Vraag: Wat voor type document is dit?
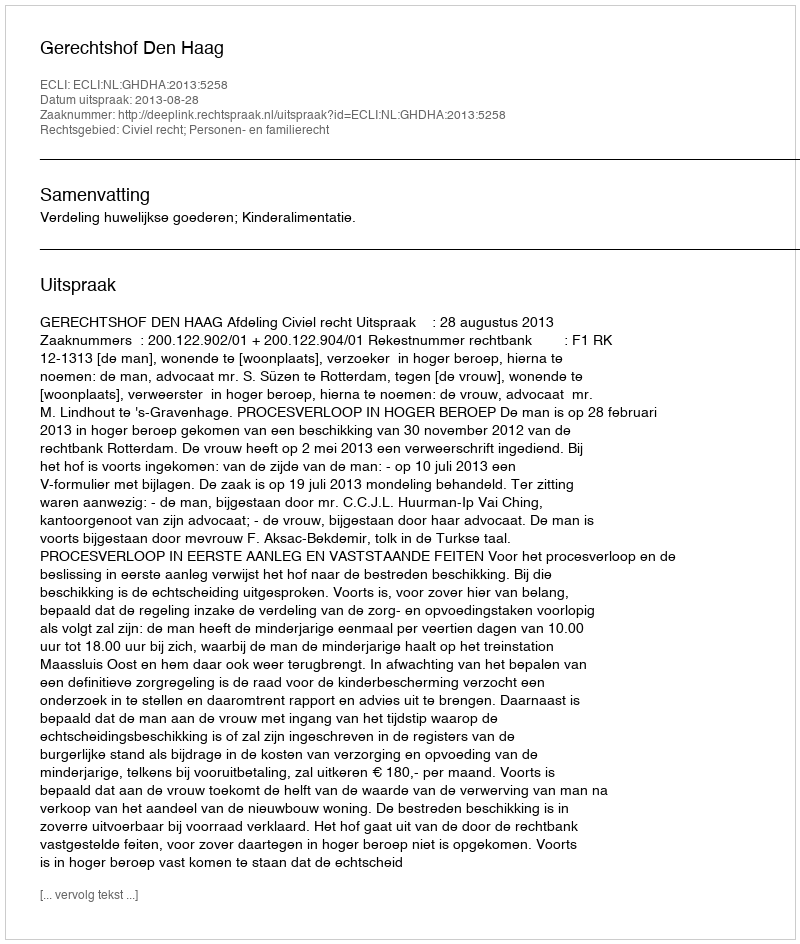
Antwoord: Uitspraak